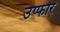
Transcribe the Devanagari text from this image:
उप्फार